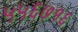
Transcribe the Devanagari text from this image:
५५६७१६